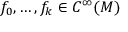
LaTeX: f _ { 0 } , \ldots , f _ { k } \in C ^ { \infty } ( M )